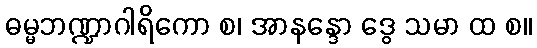
ဓမ္မဘဏ္ဍာဂါရိကော စ၊ အာနန္ဒော ဒွေ သမာ ထ စ။